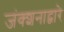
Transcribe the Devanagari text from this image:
जंक्शनाद्वारे